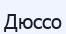
Дюссо